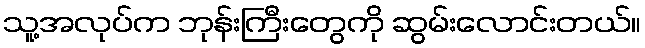
သူ့အလုပ်က ဘုန်းကြီးတွေကို ဆွမ်းလောင်းတယ်။